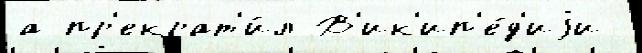
а пр'екрат'и́л В'ик'ип'е́д'иjи